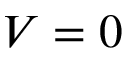
V = 0